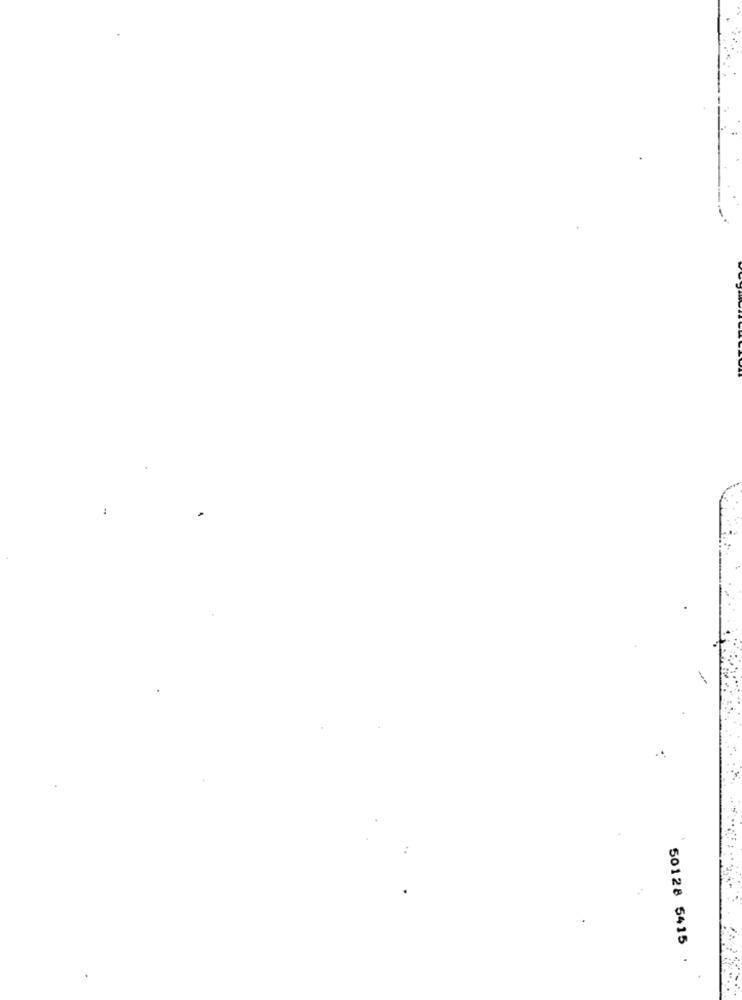
50128 5415